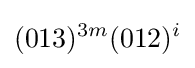
(013)^{3m}(012)^{i}